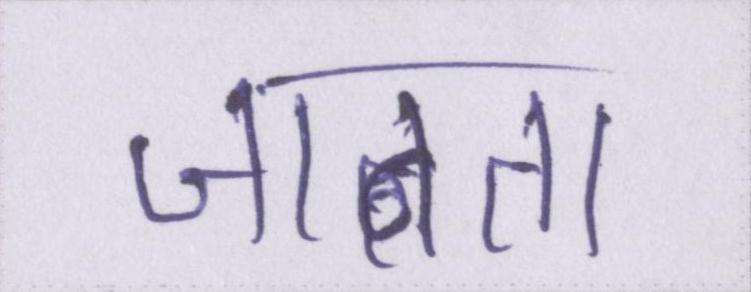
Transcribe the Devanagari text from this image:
जानता